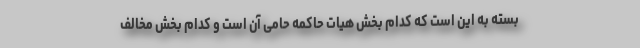
بسته به این است که کدام بخش هیات حاکمه حامی آن است و کدام بخش مخالف